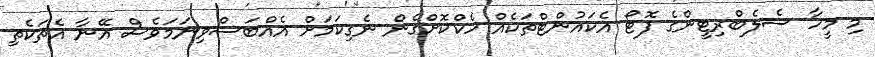
މި މީހާ ސެލެބްރިޓީންގެ ފޮޓޯ އެކައުންޓްތަކެއް ހެކްކޮށްގެން ނެގިކަމަށް އެއްބަސްވިނަމަވެސް އޭނާ އެތަކެތި